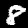
Digit: 8